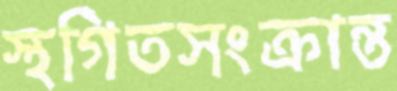
স্থগিতসংক্রান্ত